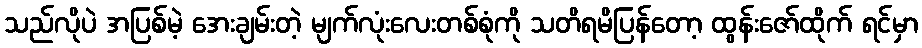
သည်လိုပဲ အပြစ်မဲ့ အေးချမ်းတဲ့ မျက်လုံးလေးတစ်စုံကို သတိရမိပြန်တော့ ထွန်းဇော်ထိုက် ရင်မှာ